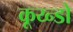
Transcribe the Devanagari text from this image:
कूय्न्डो